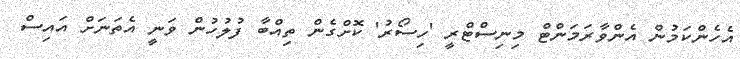
އެހެންކަމުން އެންވާރަމަންޓް މިނިސްޓްރީ 'ހިސޯރު' ކޮށްގެން ތިއްބާ ފުލުހުން ވަނީ އެތަނަށް އައިސް